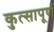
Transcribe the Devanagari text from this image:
कुत्सापूर्ण